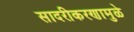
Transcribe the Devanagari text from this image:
सादरीकरणामुळे